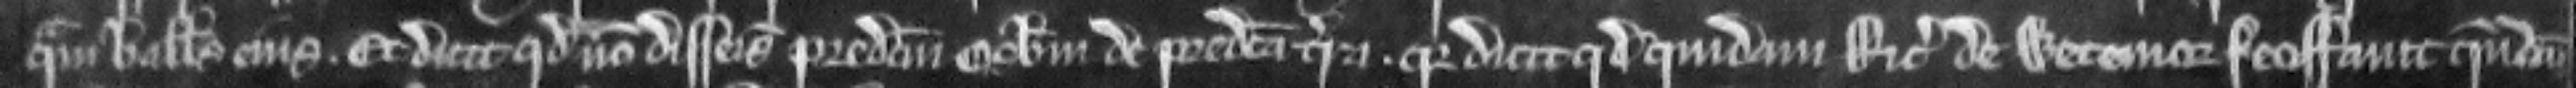
quam ballivus ejus. Et dicit quod non disseisivit predictum Osbertum de predicta terra. quia dicit quod quidam Ricardus de Wetemore feoffavit quendam